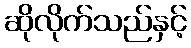
ဆိုလိုက်သည်နှင့်